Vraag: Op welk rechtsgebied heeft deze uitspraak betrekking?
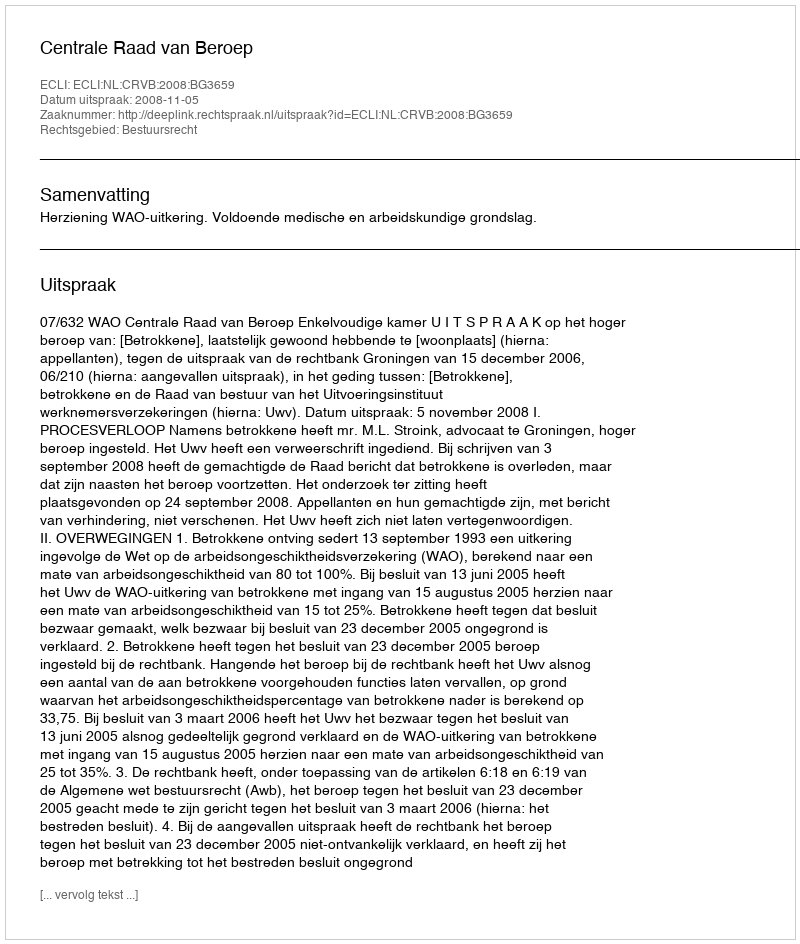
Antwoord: Bestuursrecht